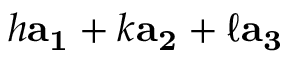
h \mathbf { a _ { 1 } } + k \mathbf { a _ { 2 } } + \ell \mathbf { a _ { 3 } }